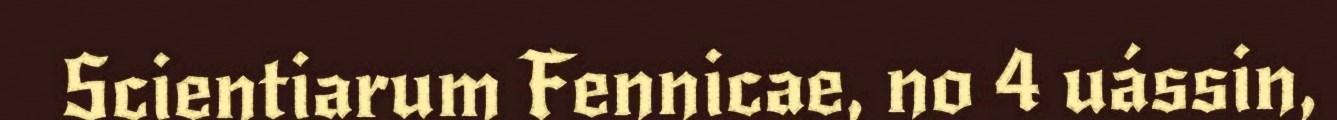
Scientiarum Fennicae, no 4 uássin,